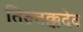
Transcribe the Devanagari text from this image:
तिरुत्तक्कदेव